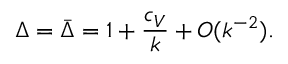
\Delta = \bar { \Delta } = 1 + { \frac { c _ { V } } { k } } + { \cal O } ( k ^ { - 2 } ) .